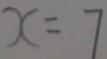
x = 7